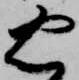
忠